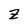
Character: Z